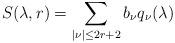
LaTeX: \begin{align*}S(\lambda,r)=\sum_{|\nu|\leq 2r+2}b_{\nu}q_\nu(\lambda)\end{align*}